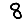
Digit: 8